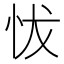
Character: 𢘀